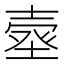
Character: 𰊗